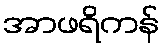
အာဖရိကန်